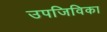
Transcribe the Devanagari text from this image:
उपजिविका